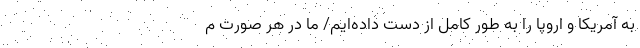
به آمریکا و اروپا را به طور کامل از دست داده‌ایم/ ما در هر صورت م